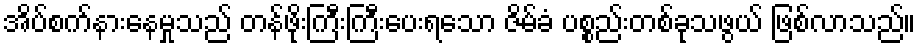
အိပ်စက်နားနေမှုသည် တန်ဖိုးကြီးကြီးပေးရသော ဇိမ်ခံ ပစ္စည်းတစ်ခုသဖွယ် ဖြစ်လာသည်။